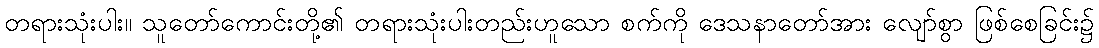
တရားသုံးပါး။ သူတော်ကောင်းတို့၏ တရားသုံးပါးတည်းဟူသော စက်ကို ဒေသနာတော်အား လျော်စွာ ဖြစ်စေခြင်း၌